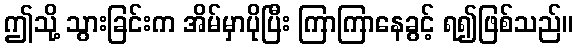
ဤသို့ သွားခြင်းက အိမ်မှာပိုပြီး ကြာကြာနေခွင့် ရ၍ဖြစ်သည်။